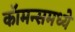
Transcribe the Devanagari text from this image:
कॉमन्समध्ये